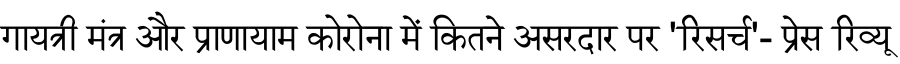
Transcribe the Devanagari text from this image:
गायत्री मंत्र और प्राणायाम कोरोना में कितने असरदार पर 'रिसर्च'- प्रेस रिव्यू